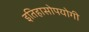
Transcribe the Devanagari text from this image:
इतिहासोपयोगी